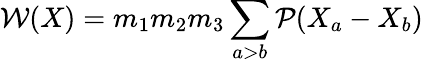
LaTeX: {\cal W}(X)=m_{1}m_{2}m_{3}\sum_{a>b}{\cal P}(X_{a}-X_{b})